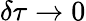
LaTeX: \delta\tau\to 0